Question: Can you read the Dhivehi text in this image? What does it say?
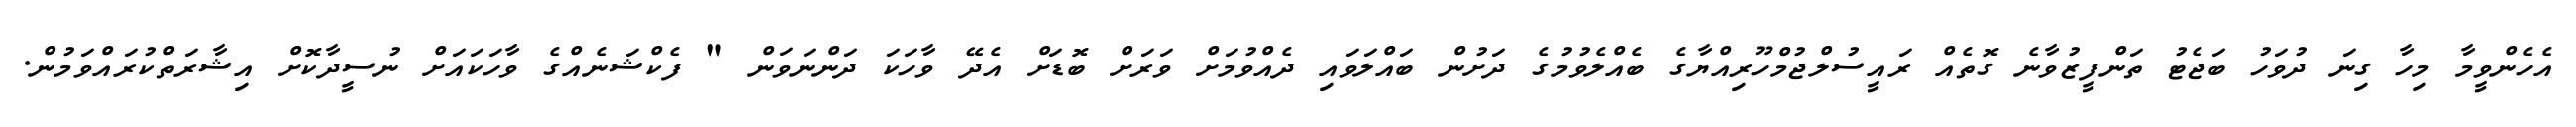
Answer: އެހެންވީމާ މިހާ ގިނަ ދުވަހު ބަޖެޓު ތަންފީޒުވާނެ ގޮތެއް ރައީސުލްޖުމްހޫރިއްޔާގެ ބެއްލެވުމުގެ ދަށުން ބައްލަވައި ދެއްވުމަށް ވަރަށް ބޮޑަށް އެދޭ ވާހަކަ ދަންނަވަން " ފެކްޝަނެއްގެ ވާހަކައަށް ނުސީދާކޮށް އިޝާރަތްކުރައްވަމުން.